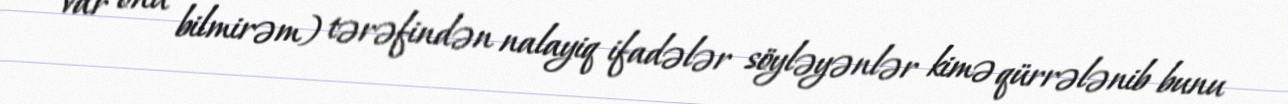
var onu bilmirəm) tərəfindən nalayiq ifadələr söyləyənlər kimə qürrələnib bunu